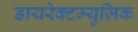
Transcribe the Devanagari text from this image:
डायरेक्टम्युज़िक